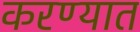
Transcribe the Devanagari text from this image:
करण्यात